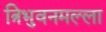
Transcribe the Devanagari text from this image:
त्रिभुवनमल्‍ला